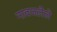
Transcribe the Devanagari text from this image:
नावजलेले